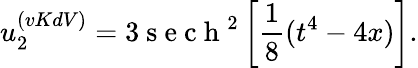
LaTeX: u_{2}^{(vKdV)}=3\mathrm{~s~e~c~h~}^{2}\left[\frac{1}{8}(t^{4}-4x)\right].